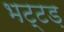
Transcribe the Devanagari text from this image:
भट्टड़